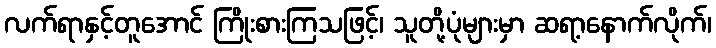
လက်ရာနှင့်တူအောင် ကြိုးစားကြသဖြင့်၊ သူတို့ပုံများမှာ ဆရာ့နောက်လိုက်၊